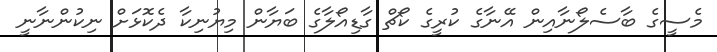
މެސީގެ ބާސެލޯނާއިން އޭނާގެ ކުރީގެ ކޯޗް ގާޑިއޯލާގެ ބަޔާން މިޔުނިކާ ދެކޮޅަށް ނިކުންނާނީ